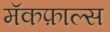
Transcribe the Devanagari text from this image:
मॅकफ़ाल्स